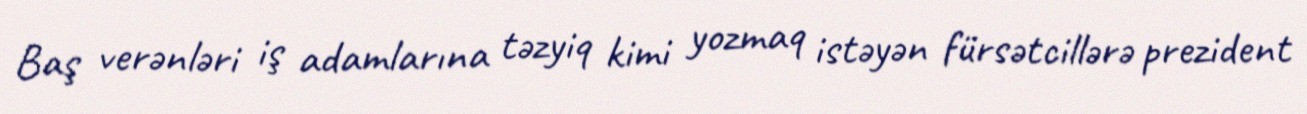
Baş verənləri iş adamlarına təzyiq kimi yozmaq istəyən fürsətcillərə prezident